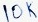
Text: 10K